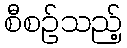
စီစဉ်သည့်